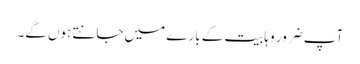
آپ ضرور وہابیت کے بارے میں جانتے ہوں گے۔